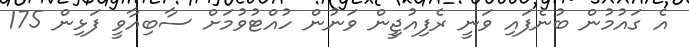
އެ ގައުމުން ބުނެފައި ވަނީ ރެފިއުޖިީން ވަނުން ހުއްޓުވުމަށް ސާބިއާވީ ފަޅިން 175